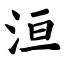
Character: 洹